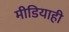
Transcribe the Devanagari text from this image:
मीडियाही